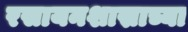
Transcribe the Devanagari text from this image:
रसायनशास्राच्या